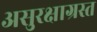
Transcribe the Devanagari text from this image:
असुरक्षाग्रस्त